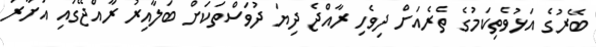
ބޭރުގެ އަޅުވެތިކަމުގެ ތެރެއަށް ދިވެހި ރާއްޖެ ދިޔަ ދުވަސްތަކަށް ބަލާއިރު ރާއްޖޭގައި އަށާރަ